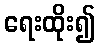
ရေးထိုး၍